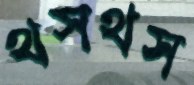
থসথস